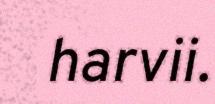
harvii.